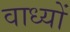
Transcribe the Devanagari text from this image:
वाध्यों